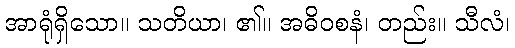
အာရုံရှိသော။ သတိယာ၊ ၏။ အဓိဝစနံ၊ တည်း။ သီလံ၊